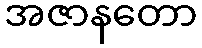
အဇာနတော